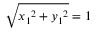
{ \sqrt { { x _ { 1 } } ^ { 2 } + { y _ { 1 } } ^ { 2 } } } = 1